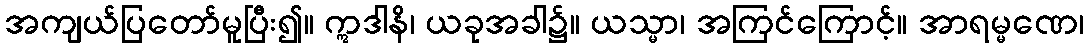
အကျယ်ပြတော်မူပြီး၍။ ဣဒါနိ၊ ယခုအခါ၌။ ယသ္မာ၊ အကြင်ကြောင့်။ အာရမ္မဏေ၊